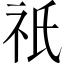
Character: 祇